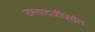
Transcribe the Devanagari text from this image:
उस्तादजींपर्यंत